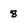
Character: 8